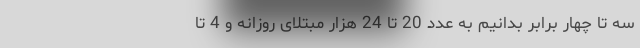
سه تا چهار برابر بدانیم به عدد 20 تا 24 هزار مبتلای روزانه و 4 تا